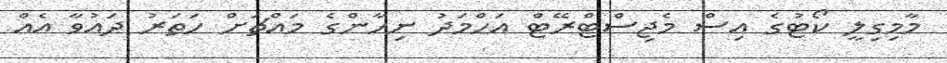
މާމިގިލީ ކޯޓުގެ އިސް މެޖިސްޓްރޭޓް އަހްމަދު ނިހާންގެ މައްޗަށް ހަތަރު ދައުވާ އެއް